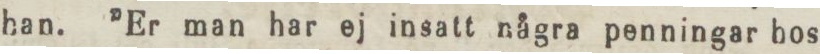
han. ”Er man har ej insatt några penningar hos